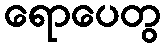
ရောပေတွ